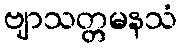
ဗျာသတ္တမနသံ